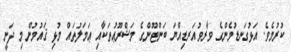
ކުރުމެވެ. އަޅުގަނޑުމެންގެ ވާރވުއަރޑިއްޔަ ބަންޓޫންގެ މަޝްރޫޢުތަކާއި ޢަމަލުތައް މުޅި ޤައުމުން މި ދަނީ